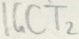
Text: IGCT2